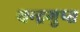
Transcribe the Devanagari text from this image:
चन्‍द्रगुप्‍त